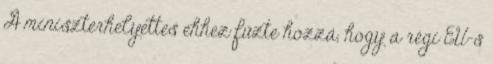
A miniszterhelyettes ehhez fűzte hozzá, hogy a régi EU-s